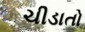
ચીડાતો